Annual report on the Civil Veterinary Department, Burma (including the Insein Veterinary School) - 1923-1931
Year: 1923
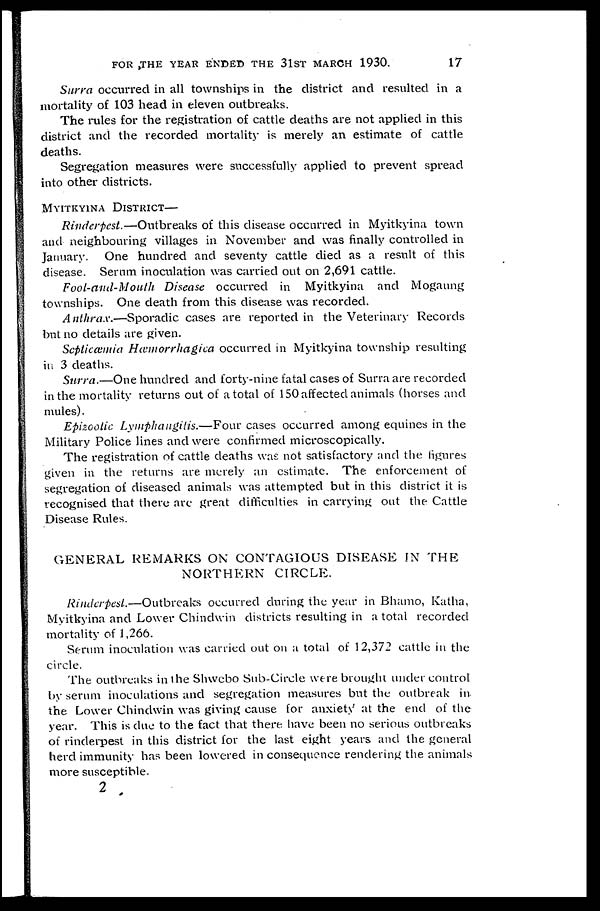
FOR THE YEAR ENDED THE 31ST MARCH 1930.
17
Surra occurred in all townships in the district and resulted in a
mortality of 103 head in eleven outbreaks.
The rules for the registration of cattle deaths are not applied in this
district and the recorded mortality is merely an estimate of cattle
deaths.
Segregation measures were successfully applied to prevent spread
into other districts.
MYITKYINA DISTRICT—
Rinderpest.—Outbreaks of this disease occurred in Myitkyina town
and neighbouring villages in November and was finally controlled in
January. One hundred and seventy cattle died as a result of this
disease. Serum inoculation was carried out on 2,691 cattle.
Foot-and-Mouth Disease occurred in Myitkyina and Mogaung
townships. One death from this disease was recorded.
Anthrax.—Sporadic cases are reported in the Veterinary Records
but no details are given.
Septicæmia Hæmorrhagica occurred in Myitkyina township resulting
in 3 deaths.
Surra.—One hundred and forty-nine fatal cases of Surra are recorded
in the mortality returns out of a total of 150 affected animals (horses and
mules).
Epizootic Lymphangitis.—Four cases occurred among equities in the
Military Police lines and were confirmed microscopically.
The registration of cattle deaths was not satisfactory and the figures
given in the returns are merely an estimate. The enforcement of
segregation of diseased animals was attempted but in this district it is
recognised that there are great difficulties in carrying out the Cattle
Disease Rules.
GENERAL REMARKS ON CONTAGIOUS DISEASE IN THE
NORTHERN CIRCLE.
Rinderpest.—Outbreaks occurred during the year in Bhamo, Katha,
Myitkyina and Lower Chindwin districts resulting in a total recorded
mortality of 1,266.
Serum inoculation was carried out on a total of 12,372 cattle in the
circle.
The outbreaks in the Shwebo Sub-Circle were brought under control
by serum inoculations and segregation measures but the outbreak in
the Lower Chindwin was giving cause for anxiety at the end of the
year. This is due to the fact that there have been no serious outbreaks
of rinderpest in this district for the last eight years and the general
herd immunity has been lowered in consequence rendering the animals
more susceptible.
2